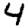
Digit: 4